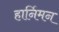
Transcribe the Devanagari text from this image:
हार्निमन